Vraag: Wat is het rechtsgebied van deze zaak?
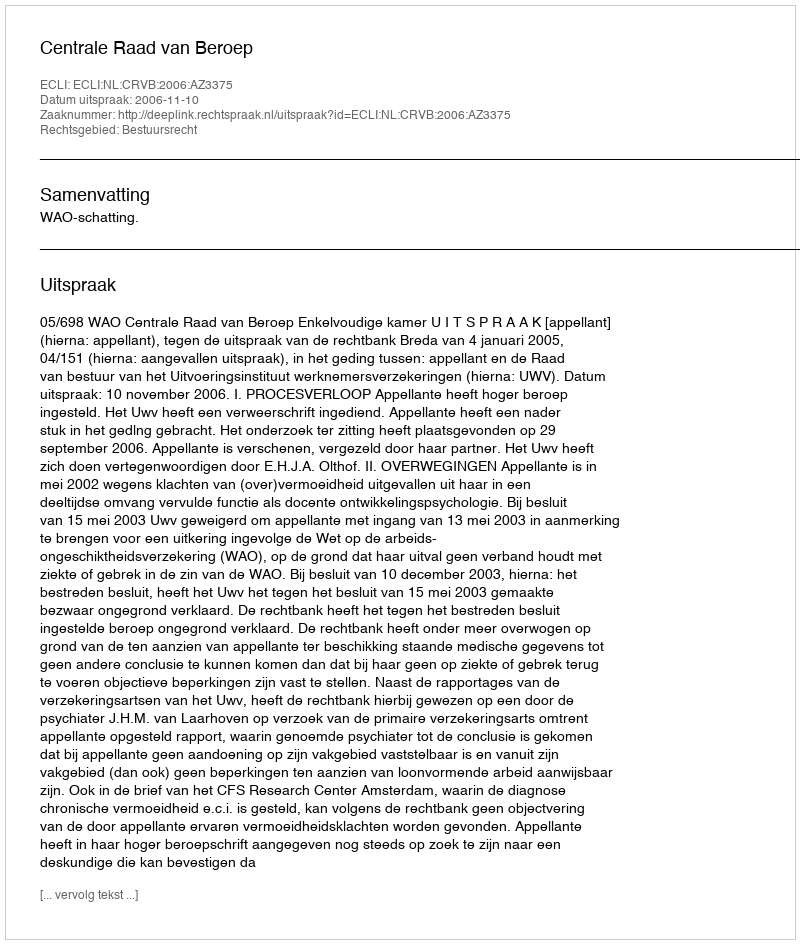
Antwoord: Bestuursrecht